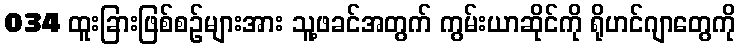
034 ထူးခြားဖြစ်စဉ်များအား သူ့ဖခင်အတွက် ကွမ်းယာဆိုင်ကို ရိုဟင်ဂျာတွေကို